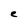
Character: e